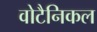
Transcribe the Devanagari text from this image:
वोटैनिकल